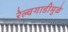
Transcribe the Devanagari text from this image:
रेल्वगाडीमुळे